Liigvalla_vallavalitsus, lk 173
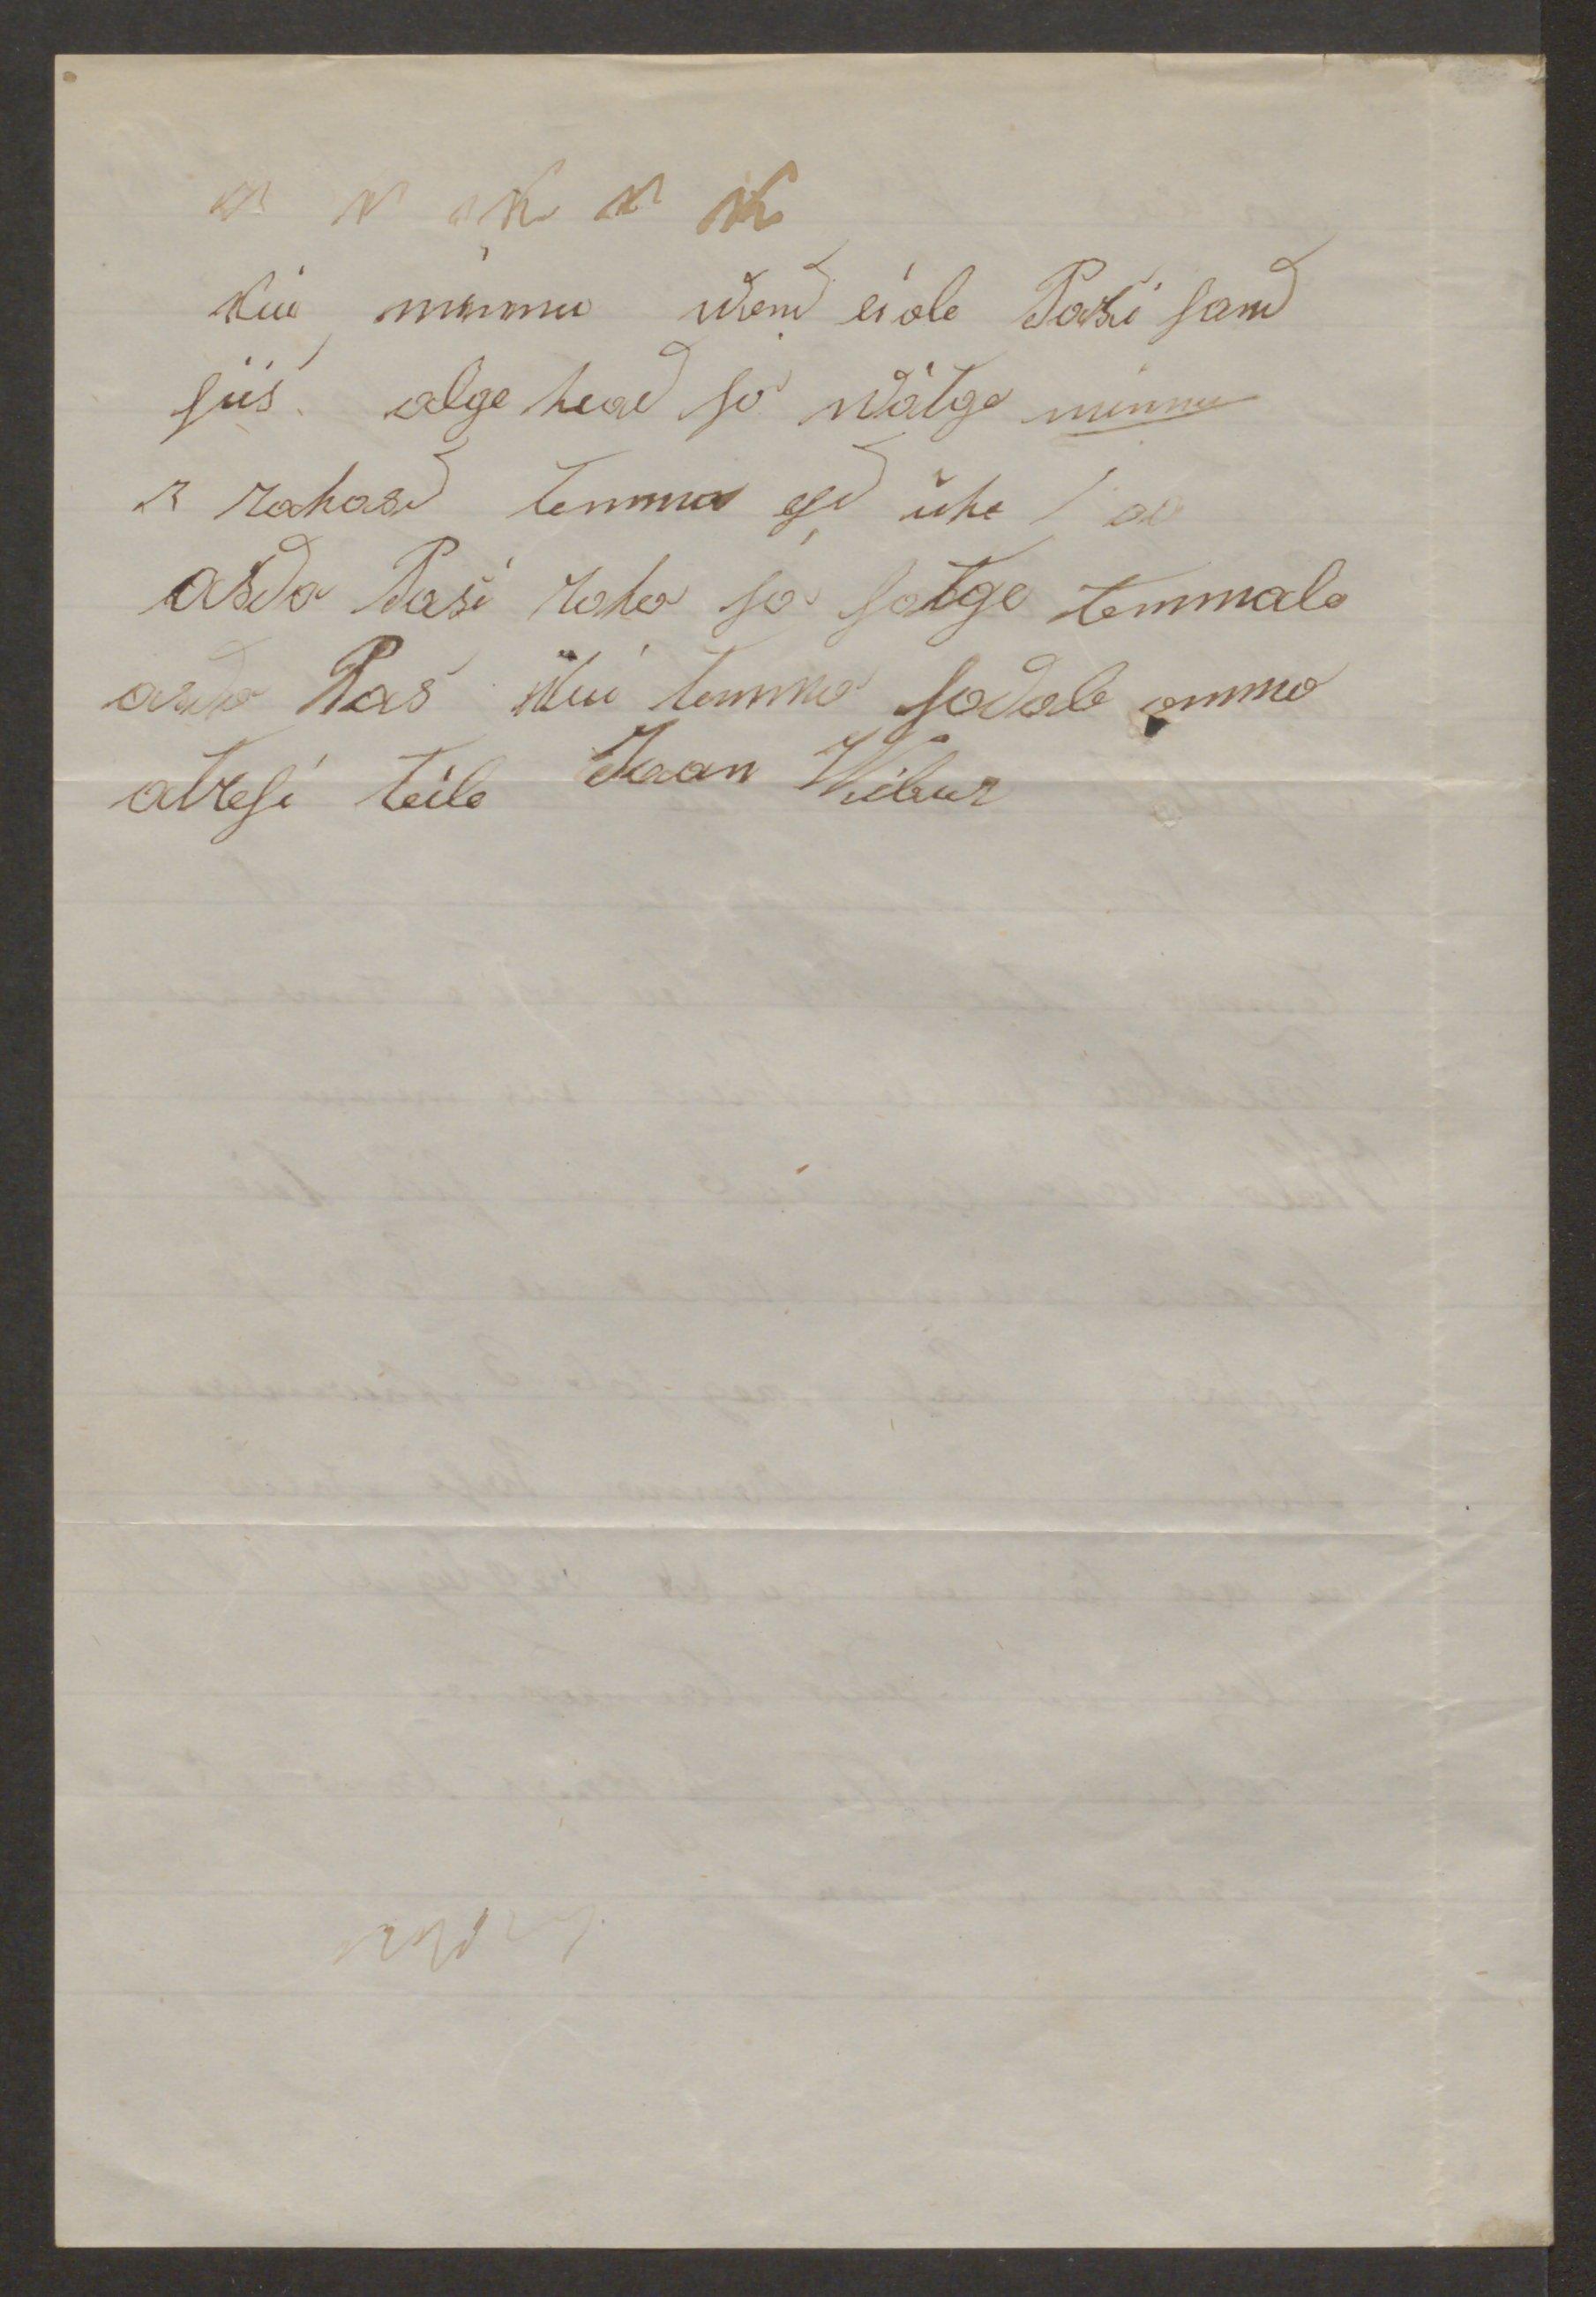
Kui minnu wend ei ole Pasi sand
siis olge head ja wõtge minnu
3 rahast temma esd ühe 1 a
asda Pasi raha ja satge temmale
asda Pas kui temma sadab omma
atresi teile Jaan Wibur